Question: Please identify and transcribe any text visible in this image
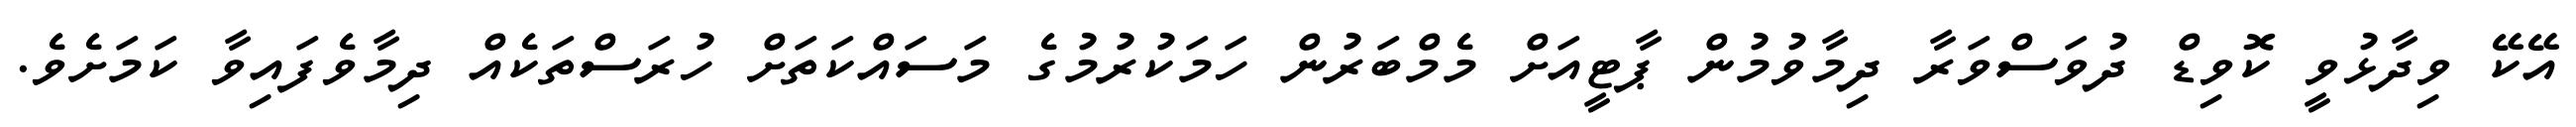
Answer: އޭކޭ ވިދާޅުވީ ކޮވިޑް ދުވަސްވަރާ ދިމާވުމުން ޕާޓީއަށް މެމްބަރުން ހަމަކުރުމުގެ މަސައްކަތަށް ހުރަސްތަކެއް ދިމާވެފައިވާ ކަމަށެވެ.